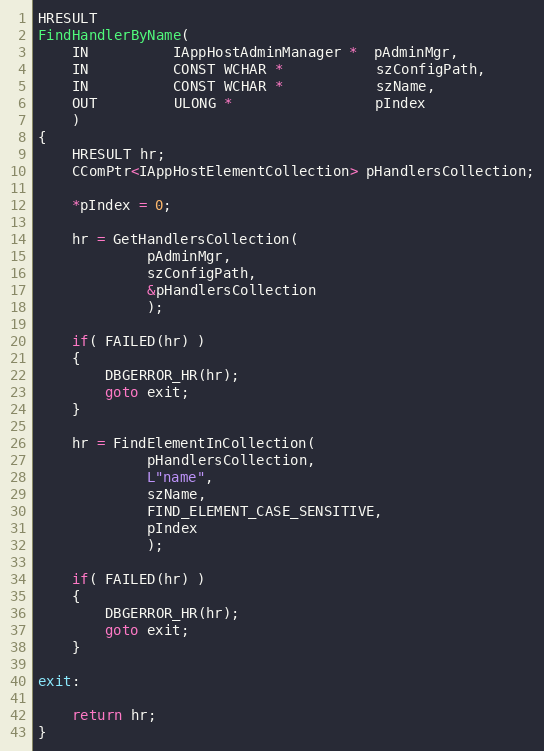
Language: C++
HRESULT
FindHandlerByName(
    IN          IAppHostAdminManager *  pAdminMgr,
    IN          CONST WCHAR *           szConfigPath,
    IN          CONST WCHAR *           szName,
    OUT         ULONG *                 pIndex
    )
{
    HRESULT hr;
    CComPtr<IAppHostElementCollection> pHandlersCollection;

    *pIndex = 0;

    hr = GetHandlersCollection(
             pAdminMgr,
             szConfigPath,
             &pHandlersCollection
             );

    if( FAILED(hr) )
    {
        DBGERROR_HR(hr);
        goto exit;
    }

    hr = FindElementInCollection(
             pHandlersCollection,
             L"name",
             szName,
             FIND_ELEMENT_CASE_SENSITIVE,
             pIndex
             );

    if( FAILED(hr) )
    {
        DBGERROR_HR(hr);
        goto exit;
    }

exit:

    return hr;
}